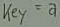
Text: Key=a